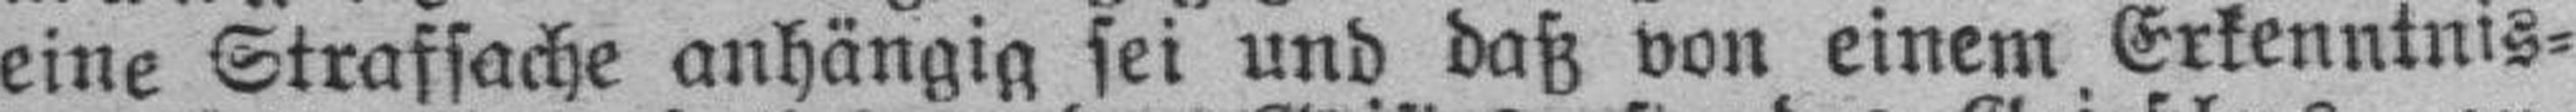
eine Strafsache anhängig sei und daß von einem Erkenntnis¬